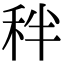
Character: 秚